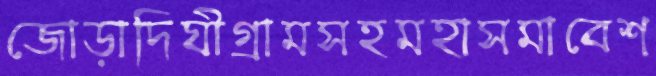
জোড়াদিঘীগ্রামসহমহাসমাবেশ